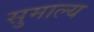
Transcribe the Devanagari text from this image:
सुमाल्य